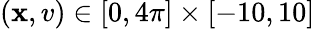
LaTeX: \left(\mathbf{x},v\right)\in\left[0,4\pi\right]\times\left[-10,10\right]